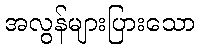
အလွန်များပြားသော